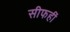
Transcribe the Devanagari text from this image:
सीफहीं